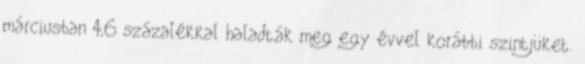
márciusban 4,6 százalékkal haladták meg egy évvel korábbi szintjüket.